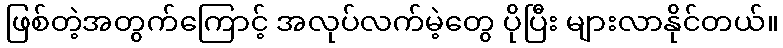
ဖြစ်တဲ့အတွက်ကြောင့် အလုပ်လက်မဲ့တွေ ပိုပြီး များလာနိုင်တယ်။